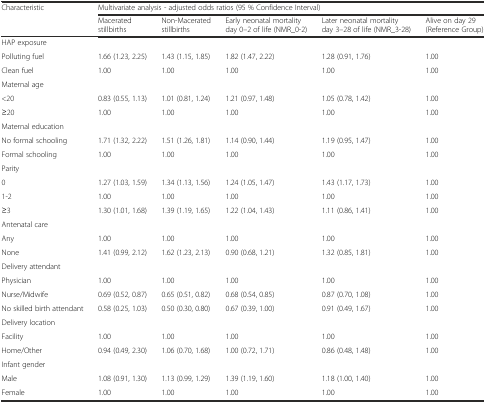
<table><thead><tr><td rowspan="2"><b>Characteristic</b></td><td colspan="5"><b>Multivariate analysis - adjusted odds ratios (95 % Confidence Interval)</b></td></tr><tr><td><b>Macerated stillbirths</b></td><td><b>Non-Macerated stillbirths</b></td><td><b>Early neonatal mortality day 0–2 of life (NMR_0-2)</b></td><td><b>Later neonatal mortality day 3–28 of life (NMR_3-28)</b></td><td><b>Alive on day 29 (Reference Group)</b></td></tr></thead><tbody><tr><td colspan="6">HAP exposure</td></tr><tr><td>Polluting fuel</td><td>1.66 (1.23, 2.25)</td><td>1.43 (1.15, 1.85)</td><td>1.82 (1.47, 2.22)</td><td>1.28 (0.91, 1.76)</td><td>1.00</td></tr><tr><td>Clean fuel</td><td>1.00</td><td>1.00</td><td>1.00</td><td>1.00</td><td>1.00</td></tr><tr><td colspan="6">Maternal age</td></tr><tr><td>&lt;20</td><td>0.83 (0.55, 1.13)</td><td>1.01 (0.81, 1.24)</td><td>1.21 (0.97, 1.48)</td><td>1.05 (0.78, 1.42)</td><td>1.00</td></tr><tr><td>≥20</td><td>1.00</td><td>1.00</td><td>1.00</td><td>1.00</td><td>1.00</td></tr><tr><td colspan="6">Maternal education</td></tr><tr><td>No formal schooling</td><td>1.71 (1.32, 2.22)</td><td>1.51 (1.26, 1.81)</td><td>1.14 (0.90, 1.44)</td><td>1.19 (0.95, 1.47)</td><td>1.00</td></tr><tr><td>Formal schooling</td><td>1.00</td><td>1.00</td><td>1.00</td><td>1.00</td><td>1.00</td></tr><tr><td colspan="6">Parity</td></tr><tr><td>0</td><td>1.27 (1.03, 1.59)</td><td>1.34 (1.13, 1.56)</td><td>1.24 (1.05, 1.47)</td><td>1.43 (1.17, 1.73)</td><td>1.00</td></tr><tr><td>1-2</td><td>1.00</td><td>1.00</td><td>1.00</td><td>1.00</td><td>1.00</td></tr><tr><td>≥3</td><td>1.30 (1.01, 1.68)</td><td>1.39 (1.19, 1.65)</td><td>1.22 (1.04, 1.43)</td><td>1.11 (0.86, 1.41)</td><td>1.00</td></tr><tr><td colspan="6">Antenatal care</td></tr><tr><td>Any</td><td>1.00</td><td>1.00</td><td>1.00</td><td>1.00</td><td>1.00</td></tr><tr><td>None</td><td>1.41 (0.99, 2.12)</td><td>1.62 (1.23, 2.13)</td><td>0.90 (0.68, 1.21)</td><td>1.32 (0.85, 1.81)</td><td>1.00</td></tr><tr><td colspan="6">Delivery attendant</td></tr><tr><td>Physician</td><td>1.00</td><td>1.00</td><td>1.00</td><td>1.00</td><td>1.00</td></tr><tr><td>Nurse/Midwife</td><td>0.69 (0.52, 0.87)</td><td>0.65 (0.51, 0.82)</td><td>0.68 (0.54, 0.85)</td><td>0.87 (0.70, 1.08)</td><td>1.00</td></tr><tr><td>No skilled birth attendant</td><td>0.58 (0.25, 1.03)</td><td>0.50 (0.30, 0.80)</td><td>0.67 (0.39, 1.00)</td><td>0.91 (0.49, 1.67)</td><td>1.00</td></tr><tr><td colspan="6">Delivery location</td></tr><tr><td>Facility</td><td>1.00</td><td>1.00</td><td>1.00</td><td>1.00</td><td>1.00</td></tr><tr><td>Home/Other</td><td>0.94 (0.49, 2.30)</td><td>1.06 (0.70, 1.68)</td><td>1.00 (0.72, 1.71)</td><td>0.86 (0.48, 1.48)</td><td>1.00</td></tr><tr><td colspan="6">Infant gender</td></tr><tr><td>Male</td><td>1.08 (0.91, 1.30)</td><td>1.13 (0.99, 1.29)</td><td>1.39 (1.19, 1.60)</td><td>1.18 (1.00, 1.40)</td><td>1.00</td></tr><tr><td>Female</td><td>1.00</td><td>1.00</td><td>1.00</td><td>1.00</td><td>1.00</td></tr></tbody></table>